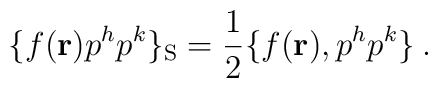
\{ f({ \bf r}) p^h p^k \}_{\rm S} = {1\over 2}  \{ f({\bf r}),p^h p^k \} \>.